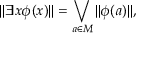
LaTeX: \| \exists x \phi ( x ) \| = \bigvee _ { a \in M } \| \phi ( a ) \| ,